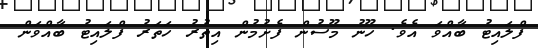
ފްލައިޓު ބާއްވަ އެވެ. ހޫނު މޫސުން ފެށުމުން އިތުރު ހަތަރު ފްލައިޓު ބާއްވަން